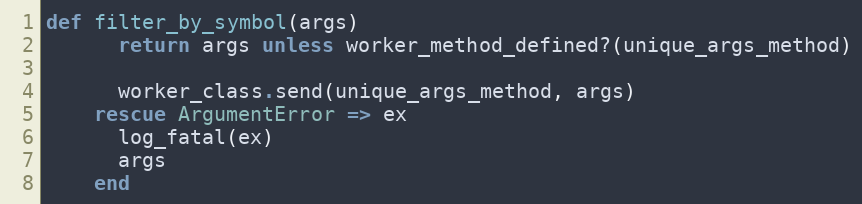
Language: Ruby
def filter_by_symbol(args)
      return args unless worker_method_defined?(unique_args_method)

      worker_class.send(unique_args_method, args)
    rescue ArgumentError => ex
      log_fatal(ex)
      args
    end